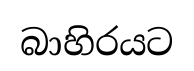
බාහිරයට